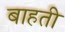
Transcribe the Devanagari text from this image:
बाहती